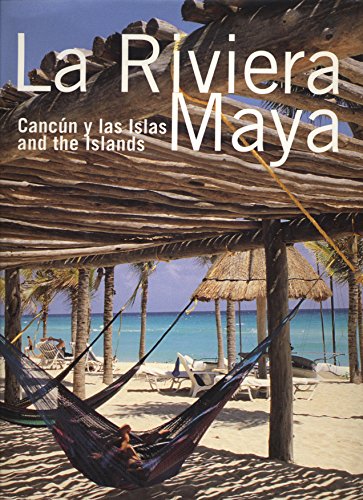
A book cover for La Riviera Maya: Cancun y las Islas, Cancun and the Islands (English & Spanish); Joao M.F. Carnerio de Almeida; Travel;